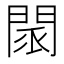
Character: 𨴖